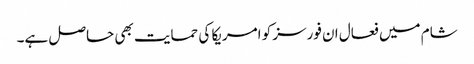
شام میں فعال ان فورسز کو امریکا کی حمایت بھی حاصل ہے۔